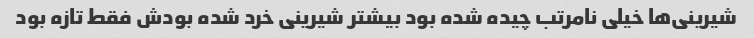
شیرینی‌ها خیلی نامرتب چیده شده بود بیشتر شیرینی خرد شده بودش فقط تازه بود